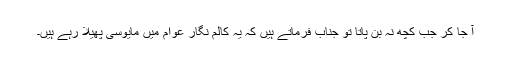
آ جا کر جب کچھ نہ بن پاتا تو جناب فرماتے ہیں کہ یہ کالم نگار عوام میں مایوسی پھیلا رہے ہیں۔